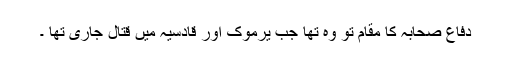
دفاع صحابہ کا مقام تو وہ تھا جب یرموک اور قادسیہ میں قتال جاری تھا ۔